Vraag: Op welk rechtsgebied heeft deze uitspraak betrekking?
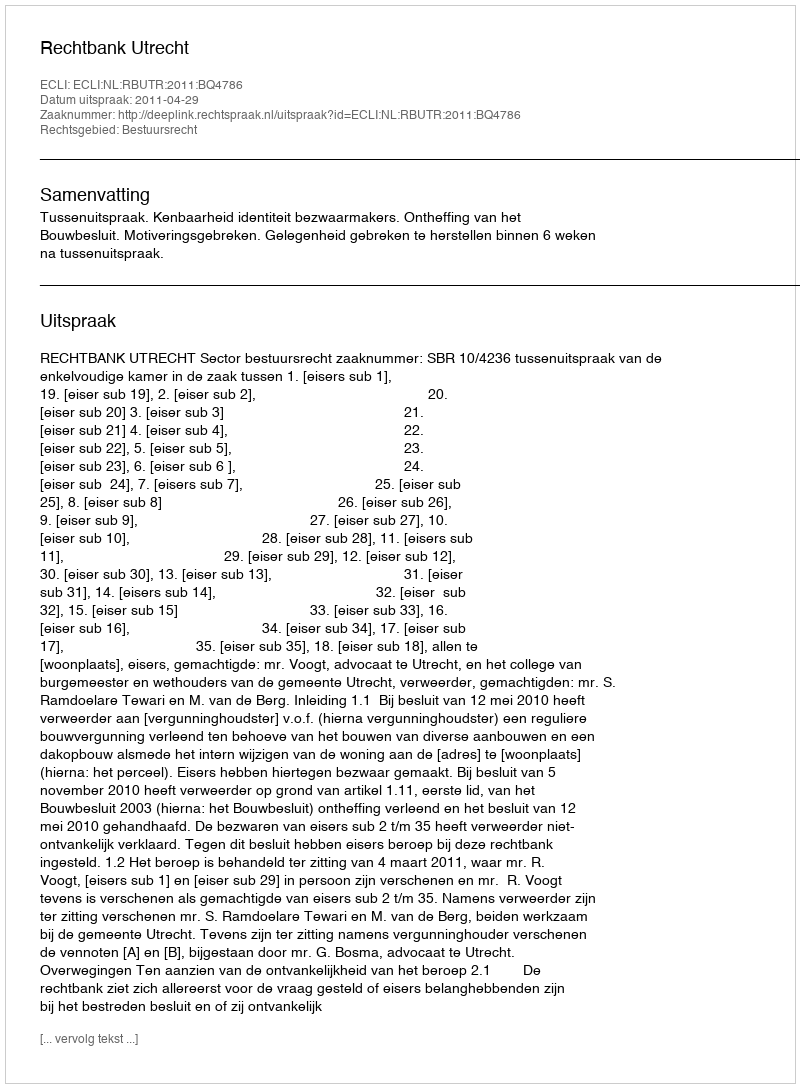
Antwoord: Bestuursrecht